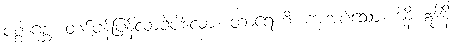
ပစ္စာဂစ္ဆ၊ တစ်ဖန်ပြန်လာခဲ့ပါလော့။ တာရေဟိ၊ ကူးအပ်သော။ ဒါနိ ဣဒါနိ၊